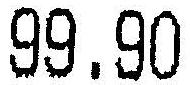
99.90